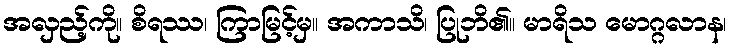
အလှည့်ကို။ စိရဿ၊ ကြာမြင့်မှ။ အကာသိ၊ ပြုဘိ၏။ မာရိသ မောဂ္ဂလာန၊